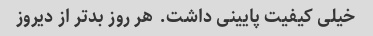
خیلی کیفیت پایینی داشت. هر روز بدتر از دیروز